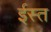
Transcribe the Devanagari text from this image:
ईस्त